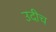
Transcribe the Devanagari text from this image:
उदीच